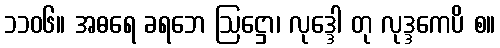
၁၁၀၆။ အဓရေ ခရဘေ ဩဋ္ဌော၊ လုဒ္ဒေါ တု လုဒ္ဒကေပိ စ။